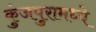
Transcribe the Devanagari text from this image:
कुंजपुरामध्ये